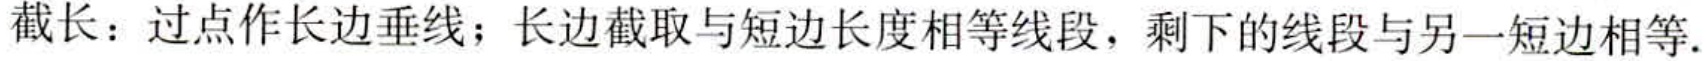
截长：过点作长边垂线；长边截取与短边长度相等线段，剩下的线段与另一短边相等.